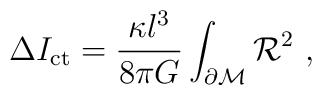
\Delta I_{\rm ct}={\kappa l^3 \over 8 \pi G}\int_{\partial{\cal M}}{\cal R}^2\ ,